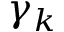
\gamma _ { k }